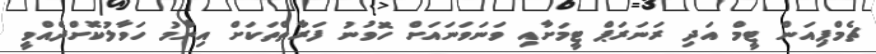
ޗެމްޕިއަން ޓީމް އަދި ރަނަރަޕް ޓީމަށާއި ވަނަވަނައަށް ހޮވުނު ފަރާތްތަކަށް އިނާމު ހަވާލުކޮށްދެއްވީ